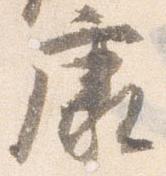
康